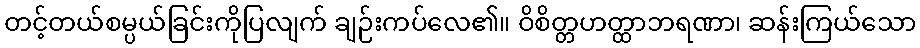
တင့်တယ်စမ္ပယ်ခြင်းကိုပြလျက် ချဉ်းကပ်လေ၏။ ဝိစိတ္တဟတ္ထာဘရဏာ၊ ဆန်းကြယ်သော